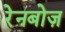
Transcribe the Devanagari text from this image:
रेनबोज़